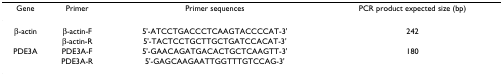
| Gene | Primer | Primer sequences | PCR product expected size (bp) |
 | --- | --- | --- | --- |
 | β-actin | β-actin-F | 5'-ATCCTGACCCTCAAGTACCCCAT-3' | 242 |
 |  | β-actin-R | 5'-TACTCCTGCTTGCTGATCCACAT-3' |  |
 | PDE3A | PDE3A-F | 5'-GAACAGATGACACTGCTCAAGTT-3' | 180 |
 |  | PDE3A-R | 5'-GAGCAAGAATTGGTTTGTCCAG-3' |  |